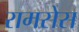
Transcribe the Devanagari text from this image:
रामसेस